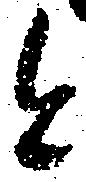
と